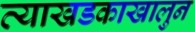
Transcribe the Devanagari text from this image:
त्याखडकाखालुन